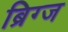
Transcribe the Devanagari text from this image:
ब्रिग्ज